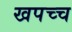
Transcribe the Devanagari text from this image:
खपच्च